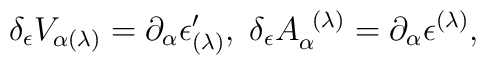
\delta _{\epsilon }V_{\alpha (\lambda )}=\partial _{\alpha }\epsilon_{(\lambda )}^{\prime },\;\delta _{\epsilon }A_{\alpha }^{\;\;(\lambda)}=\partial _{\alpha }\epsilon ^{(\lambda )},